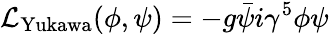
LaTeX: {\mathcal{L}}_{\mathrm{Yukawa}}(\phi,\psi)=-g{\bar{\psi}}i\gamma^{5}\phi\psi